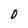
Character: 0